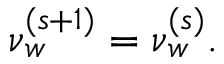
\boldsymbol \nu _ { w } ^ { ( s + 1 ) } = \boldsymbol \nu _ { w } ^ { ( s ) } .